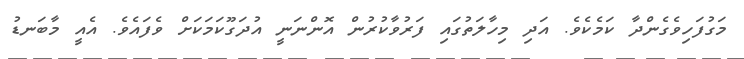
މަގުފަހިވެގެންދާ ކަމެކެވެ. އަދި މިހާލަތުގައި ފަރުވާކުރުން އޮންނަނީ އުދަގޫކަމަކަށް ވެފައެވެ. އެއީ މާބަނޑު